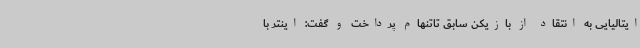
ایتالیایی به انتقاد از بازیکن سابق تاتنهام پرداخت و گفت: اینتر با